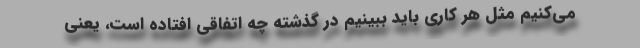
می‌کنیم مثل هر کاری باید ببینیم در گذشته چه اتفاقی افتاده است، یعنی